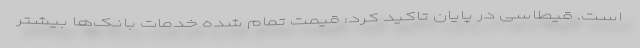
است. قیطاسی در پایان تاکید کرد: قیمت تمام شده خدمات بانک‌ها بیشتر